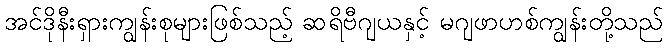
အင်ဒိုနီးရှားကျွန်းစုများဖြစ်သည့် ဆရိဗီဂျယနှင့် မဂျဖာဟစ်ကျွန်းတို့သည်